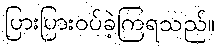
ပြားပြားဝပ်ခဲ့ကြရသည်။